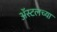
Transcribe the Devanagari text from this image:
ॲस्टलच्या